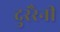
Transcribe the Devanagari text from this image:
दुररैनी